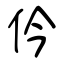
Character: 仱